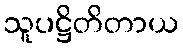
သူပဋ္ဌိတိတာယ